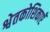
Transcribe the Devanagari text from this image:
श्वेतकोशिकाएँ